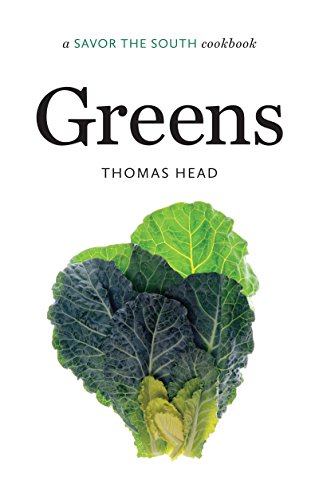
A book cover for Greens: a Savor the SouthÂ® cookbook (Savor the South Cookbooks); Thomas Head; Cookbooks, Food & Wine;